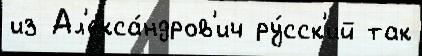
из Ал'екса́ндров'ич ру́сск'ий так